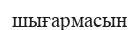
шығармасын